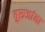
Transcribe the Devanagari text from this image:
बुरूजांना